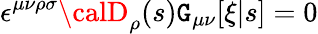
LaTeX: \epsilon^{\mu\nu\rho\sigma}{\calD}_{\rho}(s)\mathtt{G}_{\mu\nu}[\xi|s]=0